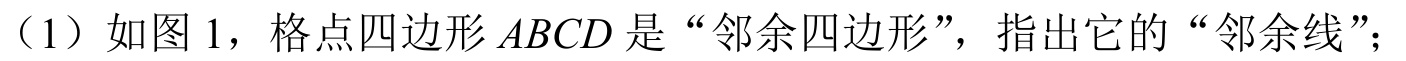
（1）如图 1，格点四边形$ABCD$是“邻余四边形”，指出它的“邻余线”；